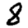
Digit: 8